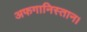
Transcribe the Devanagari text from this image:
अफगानिस्तान।